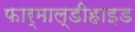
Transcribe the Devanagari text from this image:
फार्माल्डीहाइड